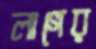
লাগের